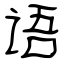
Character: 语